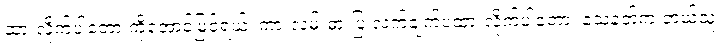
ထားလိုက်ပါတော့ ကိုအောင်မြင့်ရယ်၊ ကားလမ်းဓားပြ လက်ချက်ပဲထားလိုက်ပါတော့၊ သေနတ်က ဘယ်သူ့